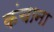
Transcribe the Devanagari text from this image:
कंचाना